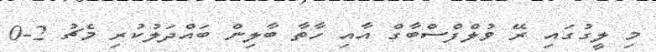
މި ލީގުގައި ރޭ ވުލްފްސްބާގް އާއި ހާތާ ބާލިން ބައްދަލުކުރި މެޗު 2-0